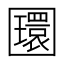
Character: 𡈵